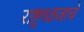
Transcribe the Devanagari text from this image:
राष्ट्रध्वजाचे